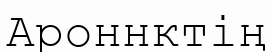
Ароннктің